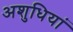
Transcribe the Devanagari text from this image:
अशुधियां